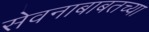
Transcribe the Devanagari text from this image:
सेवनाबाबतच्या